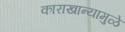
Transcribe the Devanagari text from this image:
काराखान्यामुळे